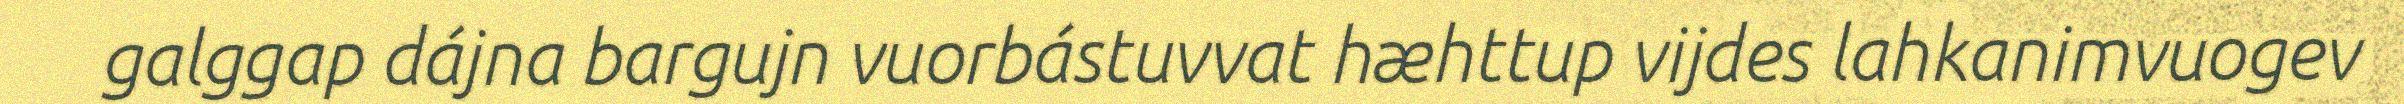
galggap dájna bargujn vuorbástuvvat hæhttup vijdes lahkanimvuogev